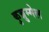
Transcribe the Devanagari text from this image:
कुन्नुम्मेल